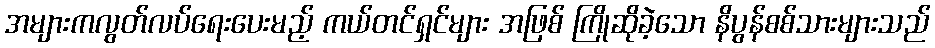
အများကလွတ်လပ်ရေးပေးမည့် ကယ်တင်ရှင်များ အဖြစ် ကြိုဆိုခဲ့သော နိပွန်စစ်သားများသည်